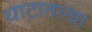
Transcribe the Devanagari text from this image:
थाटातल्या